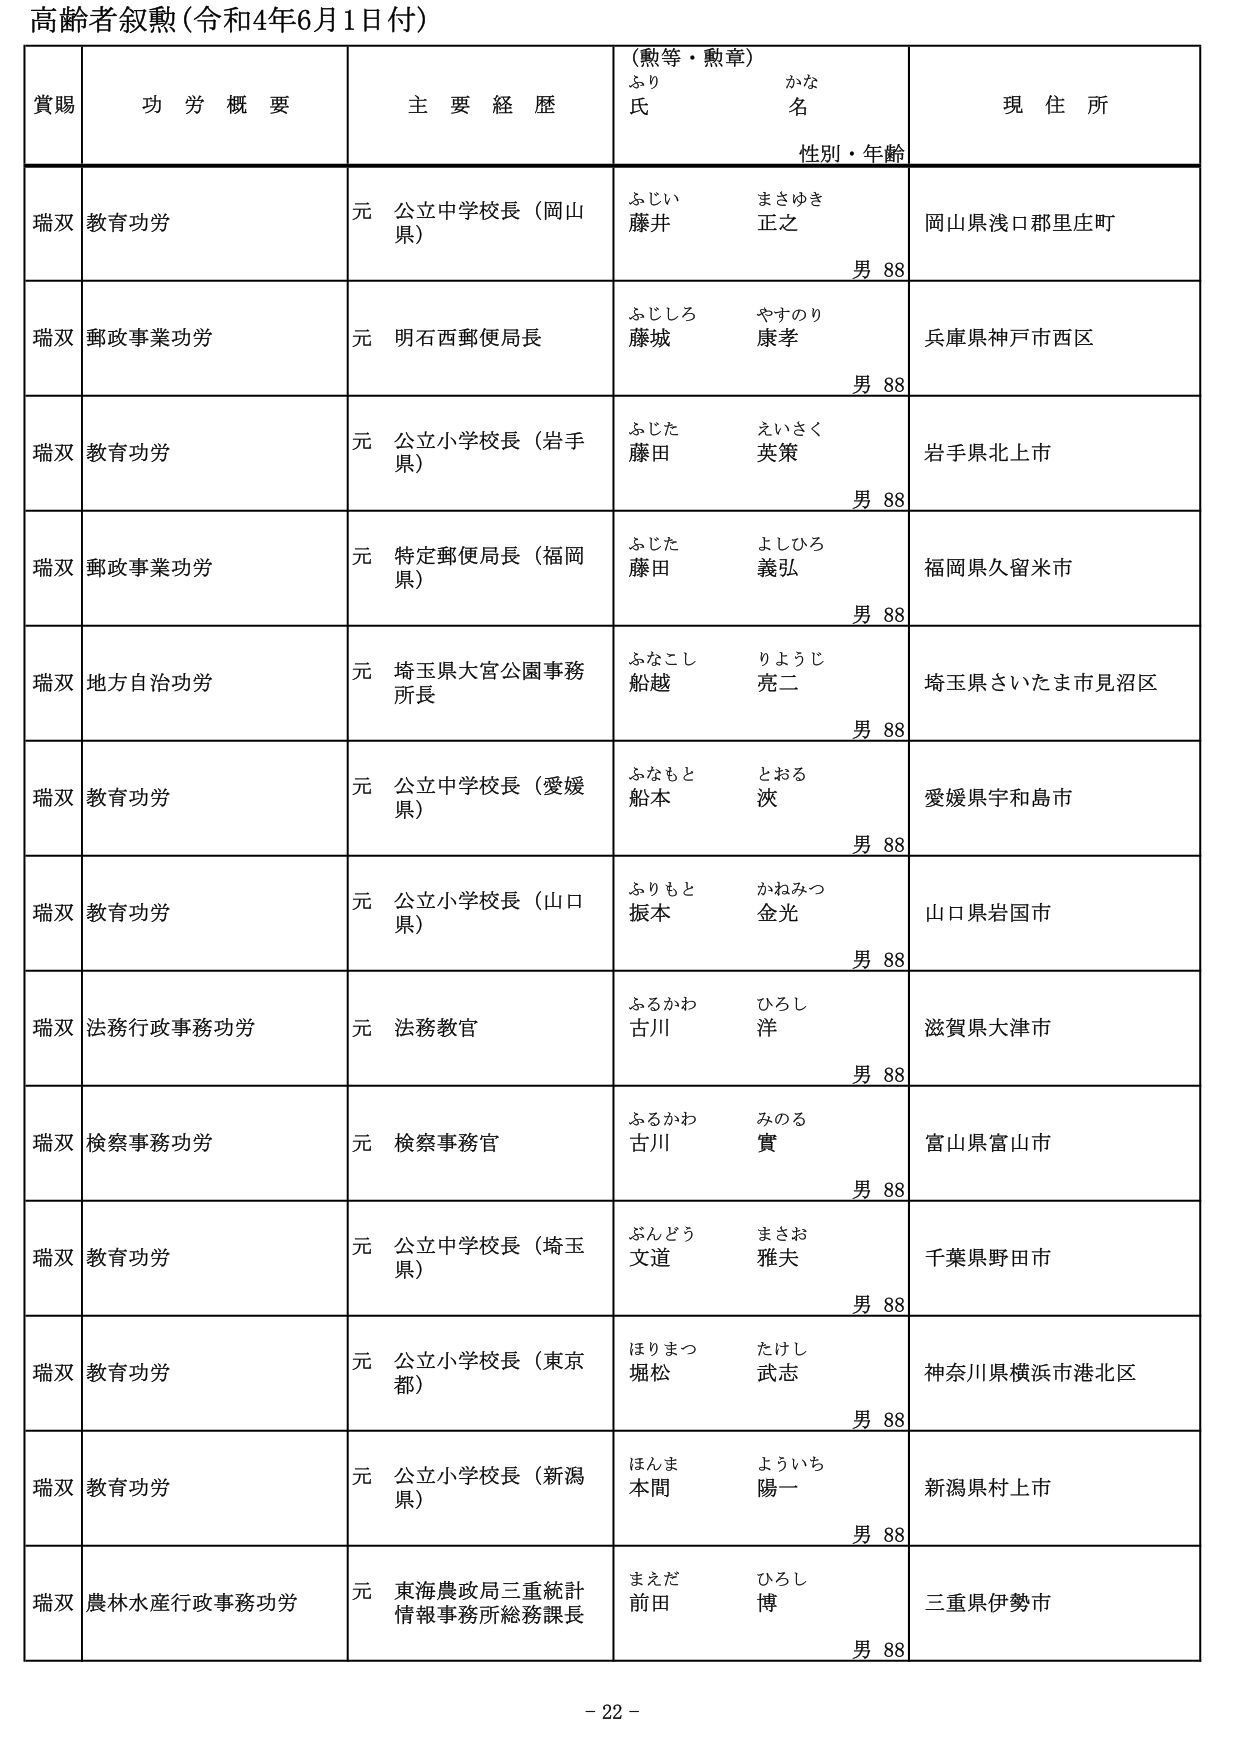
高齢者叙勲（令和4年6月1日付）

賞賜　　功労概要　　主要経歴　　（勲等・勲章）　　現住所
　　　　　　　　　　　　　　ふり　　　　かな
　　　　　　　　　　　　　　氏　　　　名
　　　　　　　　　　　　　　性別・年齢

瑞双　教育功労　　　　元 公立中学校長（岡山県）　　ふじい　　まさゆき
　　　　　　　　　　　　　　　　　　　　　　　　　藤井　　正之
　　　　　　　　　　　　　　　　　　　　　　　　　　男 88
　　　　　　　　　　　　　　　　　　　　　　　　　　岡山県浅口郡里庄町

瑞双　郵政事業功労　　元 明石西郵便局長　　　　ふじしろ　やすのり
　　　　　　　　　　　　　　　　　　　　　　　　藤城　　康孝
　　　　　　　　　　　　　　　　　　　　　　　　　男 88
　　　　　　　　　　　　　　　　　　　　　　　　　兵庫県神戸市西区

瑞双　教育功労　　　　元 公立小学校長（岩手県）　　ふじた　　えいさく
　　　　　　　　　　　　　　　　　　　　　　　　　藤田　　英策
　　　　　　　　　　　　　　　　　　　　　　　　　　男 88
　　　　　　　　　　　　　　　　　　　　　　　　　岩手県北上市

瑞双　郵政事業功労　　元 特定郵便局長（福岡県）　　ふじた　　よしひろ
　　　　　　　　　　　　　　　　　　　　　　　　　藤田　　義弘
　　　　　　　　　　　　　　　　　　　　　　　　　　男 88
　　　　　　　　　　　　　　　　　　　　　　　　　福岡県久留米市

瑞双　地方自治功労　　元 埼玉県大宮公園事務所長　　ふなこし　りょうじ
　　　　　　　　　　　　　　　　　　　　　　　　　船越　　亮二
　　　　　　　　　　　　　　　　　　　　　　　　　　男 88
　　　　　　　　　　　　　　　　　　　　　　　　　埼玉県さいたま市見沼区

瑞双　教育功労　　　　元 公立中学校長（愛媛県）　　ふなもと　とおる
　　　　　　　　　　　　　　　　　　　　　　　　　船本　　渋
　　　　　　　　　　　　　　　　　　　　　　　　　　男 88
　　　　　　　　　　　　　　　　　　　　　　　　　愛媛県宇和島市

瑞双　教育功労　　　　元 公立小学校長（山口県）　　ふりもと　かねみつ
　　　　　　　　　　　　　　　　　　　　　　　　　振本　　金光
　　　　　　　　　　　　　　　　　　　　　　　　　　男 88
　　　　　　　　　　　　　　　　　　　　　　　　　山口県岩国市

瑞双　法務行政事務功労　元 法務教官　　　　　　ふるかわ　ひろし
　　　　　　　　　　　　　　　　　　　　　　　　古川　　洋
　　　　　　　　　　　　　　　　　　　　　　　　　男 88
　　　　　　　　　　　　　　　　　　　　　　　　　滋賀県大津市

瑞双　検察事務功労　　元 検察事務官　　　　　　ふるかわ　みのる
　　　　　　　　　　　　　　　　　　　　　　　　古川　　實
　　　　　　　　　　　　　　　　　　　　　　　　　男 88
　　　　　　　　　　　　　　　　　　　　　　　　　富山県富山市

瑞双　教育功労　　　　元 公立中学校長（埼玉県）　　ぶんどう　まさお
　　　　　　　　　　　　　　　　　　　　　　　　　文道　　雅夫
　　　　　　　　　　　　　　　　　　　　　　　　　　男 88
　　　　　　　　　　　　　　　　　　　　　　　　　千葉県野田市

瑞双　教育功労　　　　元 公立小学校長（東京都）　　ほりまつ　たけし
　　　　　　　　　　　　　　　　　　　　　　　　　堀松　　武志
　　　　　　　　　　　　　　　　　　　　　　　　　　男 88
　　　　　　　　　　　　　　　　　　　　　　　　　神奈川県横浜市港北区

瑞双　教育功労　　　　元 公立小学校長（新潟県）　　ほんま　　よういち
　　　　　　　　　　　　　　　　　　　　　　　　　本間　　陽一
　　　　　　　　　　　　　　　　　　　　　　　　　　男 88
　　　　　　　　　　　　　　　　　　　　　　　　　新潟県村上市

瑞双　農林水産行政事務功労　元 東海農政局三重統計情報事務所総務課長　　まえだ　ひろし
　　　　　　　　　　　　　　　　　　　　　　　　　　　　　　　　前田　博
　　　　　　　　　　　　　　　　　　　　　　　　　　　　　　　　男 88
　　　　　　　　　　　　　　　　　　　　　　　　　　　　　　　三重県伊勢市

- 22 -